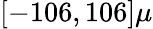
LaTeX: \left[-106,106\right]\mu